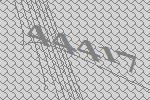
44417